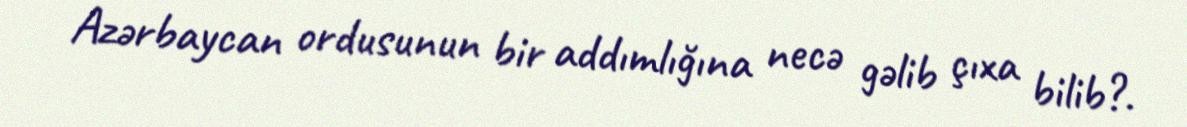
Azərbaycan ordusunun bir addımlığına necə gəlib çıxa bilib?.